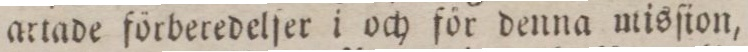
artade förberedelſer i och för denna misſion,